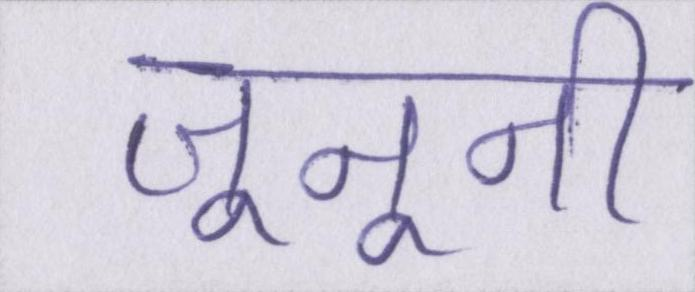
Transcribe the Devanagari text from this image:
जूनूनी